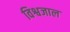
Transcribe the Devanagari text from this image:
विश्वजाल